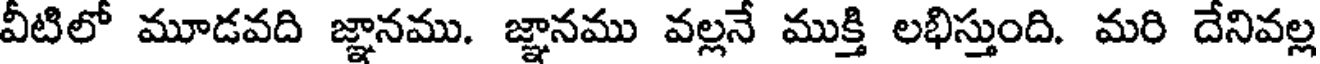
వీటిలో మూడవది జ్ఞానము. జ్ఞానము వల్లనే ముక్తి లభిస్తుంది. మరి దేనివల్ల